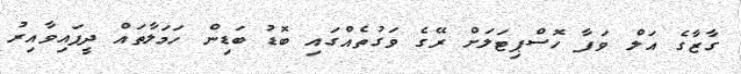
ގާޒާގެ އަލް ވަފާ ހޮސްޕިޓަލަށް ރޭގެ ވަގުތެއްގައި ބޮޑު ބަޑިން ހަމަލާތައް ދީފައިވާއިރު